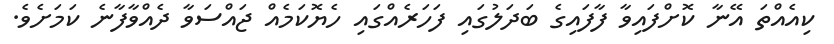
ކިއެއްތަ އޭނާ ކޮށްފައިވާ ފާފައިގެ ބަދަލުގައި ފަހަރެއްގައި ހެޔޮކަމެއް ޖައްސަވާ ދެއްވާފާނެ ކަމަށެވެ.